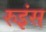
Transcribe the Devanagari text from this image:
रुइंस